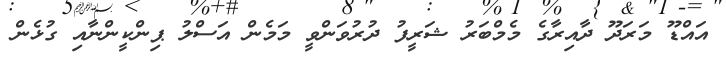
އައްޑޫ މަރަދޫ ދާއިރާގެ މެމްބަރު ޝަރީފު ދުރުވަންވީ މަމެން އަސްލު ޕިންކީންނާއި ގުޅެން